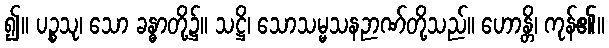
၍။ ပဉ္စသု၊ သော ခန္ဓာတို့၌။ သဋ္ဌိ၊ သောသမ္မသနဉာဏ်တို့သည်။ ဟောန္တိ၊ ကုန်၏။